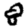
Digit: 8